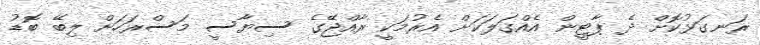
ރަނގަޅުކޮށް ދެ ޕާޓީން އެއްގަލަކަށް އެރުމަކީ ރާއްޖޭގެ ސިޔާސީ މަސްރަހަށް ލިބޭ ބޮޑު